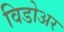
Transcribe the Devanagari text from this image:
विडोअर